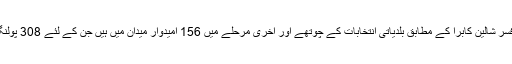
ریاست کے چیف الیکٹورل افسر شالین کابرا کے مطابق بلدیاتی انتخابات کے چوتھے اور آخری مرحلے میں 156 امیدوار میدان میں ہیں جن کے لئے 308 پولنگ مراکز قائم کئے گئے ہیں۔